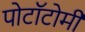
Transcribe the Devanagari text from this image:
पोटॉटोमी